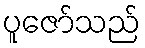
ပူဇော်သည်